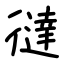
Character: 㣵